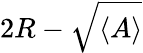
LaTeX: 2R-\sqrt{\langle A\rangle}